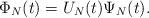
LaTeX: \begin{align*} \Phi_N(t)=U_N(t)\Psi_N(t).\end{align*}